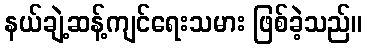
နယ်ချဲ့ဆန့်ကျင်ရေးသမား ဖြစ်ခဲ့သည်။